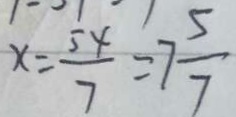
x = \frac { 5 4 } { 7 } = 7 \frac { 5 } { 7 }